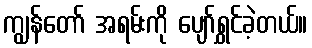
ကျွန်တော် အရမ်းကို ပျော်ရွှင်ခဲ့တယ်။